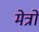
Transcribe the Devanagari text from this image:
मेत्रो